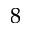
^ { 8 }